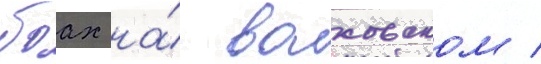
боах на́ волховском /